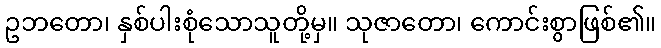
ဥဘတော၊ နှစ်ပါးစုံသောသူတို့မှ။ သုဇာတော၊ ကောင်းစွာဖြစ်၏။